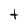
Character: t